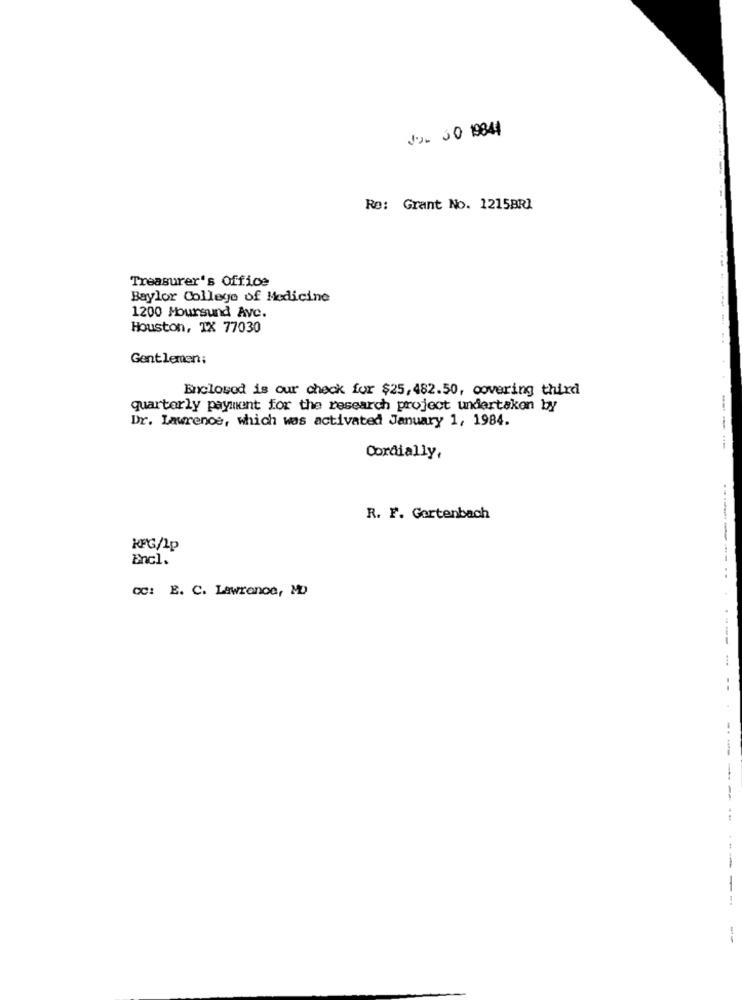
Jo. JO 19844
Re: Grant No. 1215BRI
Treasurer's Office
Baylor College of Medicine
1200 Moursund Ave.
Houston, TX 77030
-.
Gentlemen:
4
Enclosed is our check for $25,482.50, covering third
quarterly payment for the research project undertaken by
Dr. Lawrence, which was activated January 1, 1984.
-----
Cordially,
R. F. Gortenbach
-
KFG/1p
Encl.
CC: E. C. Lawrence, MD
-